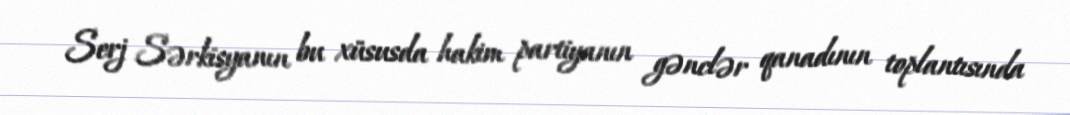
Serj Sərkisyanın bu xüsusda hakim partiyanın gənclər qanadının toplantısında